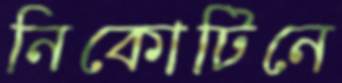
নিকোটিনে